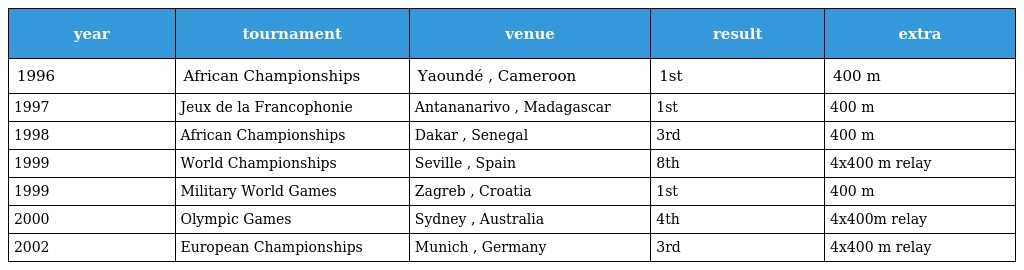
| year | tournament | venue | result | extra |
 | --- | --- | --- | --- | --- |
 | 1996 | African Championships | Yaoundé , Cameroon | 1st | 400 m |
 | 1997 | Jeux de la Francophonie | Antananarivo , Madagascar | 1st | 400 m |
 | 1998 | African Championships | Dakar , Senegal | 3rd | 400 m |
 | 1999 | World Championships | Seville , Spain | 8th | 4x400 m relay |
 | 1999 | Military World Games | Zagreb , Croatia | 1st | 400 m |
 | 2000 | Olympic Games | Sydney , Australia | 4th | 4x400m relay |
 | 2002 | European Championships | Munich , Germany | 3rd | 4x400 m relay |